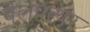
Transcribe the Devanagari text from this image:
बेलपत्थर